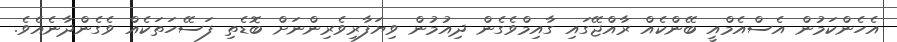
އެހެންކަމުން އެސްއެމްއީ ބޭންކެއް ރާއްޖޭގައި ގާއިމްވެގެން ދިއުމުން ވިޔަފާރިވެރިންނަށް ބޮޑެތި ފަސޭހަތަކެއް ވެގެންދާނެއެވެ.